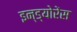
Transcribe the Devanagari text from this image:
इन्ड्योरेंस